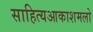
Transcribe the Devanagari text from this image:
साहित्‍यआकाशमलो